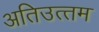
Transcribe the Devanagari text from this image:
अतिउत्‍तम